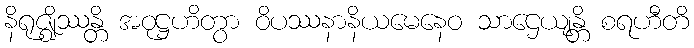
နိရုဇ္ဈိဿန္တိ အဝုဋ္ဌဟိတွာ ဝိပဿနာနိယမေနေဝ သာဌေယျန္တိ စရဟီတိ